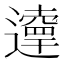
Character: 𨘞